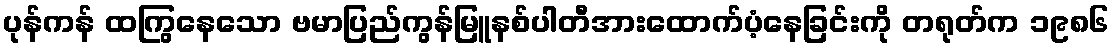
ပုန်ကန် ထကြွနေသော ဗမာပြည်ကွန်မြူနစ်ပါတီအားထောက်ပံ့နေခြင်းကို တရုတ်က ၁၉၈၆